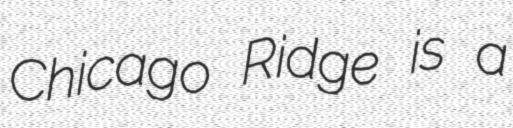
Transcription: Chicago Ridge is a